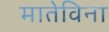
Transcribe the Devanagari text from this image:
मातेविना